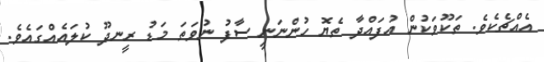
އެއްޗެކެވެ. ތަކޫވަކުން އުފައްދާ ތެޔޮ ހުންނަނީ ސާފު ނުވަތަ މަޑު ރީނދޫ ކުލައެއްގައެވެ.